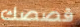
قصصك